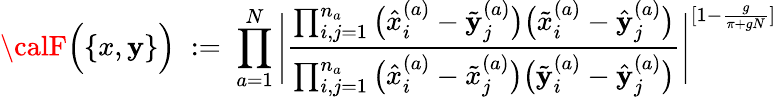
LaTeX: {\calF}\Big(\{ x,\mathbf{y}\} \Big)\; :=\; \prod_{a=1}^{N}\Bigg|\frac{{\prod_{i,j=1}^{n_{a}}\big(\hat{{x}}_{i}^{(a)}-\tilde{{\mathbf{y}}}_{j}^{(a)}\big)\big(\tilde{{x}}_{i}^{(a)}-\hat{{\mathbf{y}}}_{j}^{(a)}\big)}}{{\prod_{i,j=1}^{n_{a}}\big(\hat{{x}}_{i}^{(a)}-\tilde{{x}}_{j}^{(a)}\big)\big(\tilde{{\mathbf{y}}}_{i}^{(a)}-\hat{{\mathbf{y}}}_{j}^{(a)}\big)}}\Bigg|^{[1-\frac{{g}}{{\pi+gN}}]}